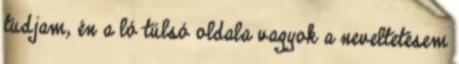
tudjam, én a ló túlsó oldala vagyok a neveltetésem